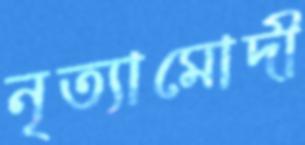
নৃত্যামোদী